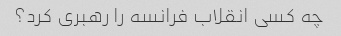
چه کسی انقلاب فرانسه را رهبری کرد؟